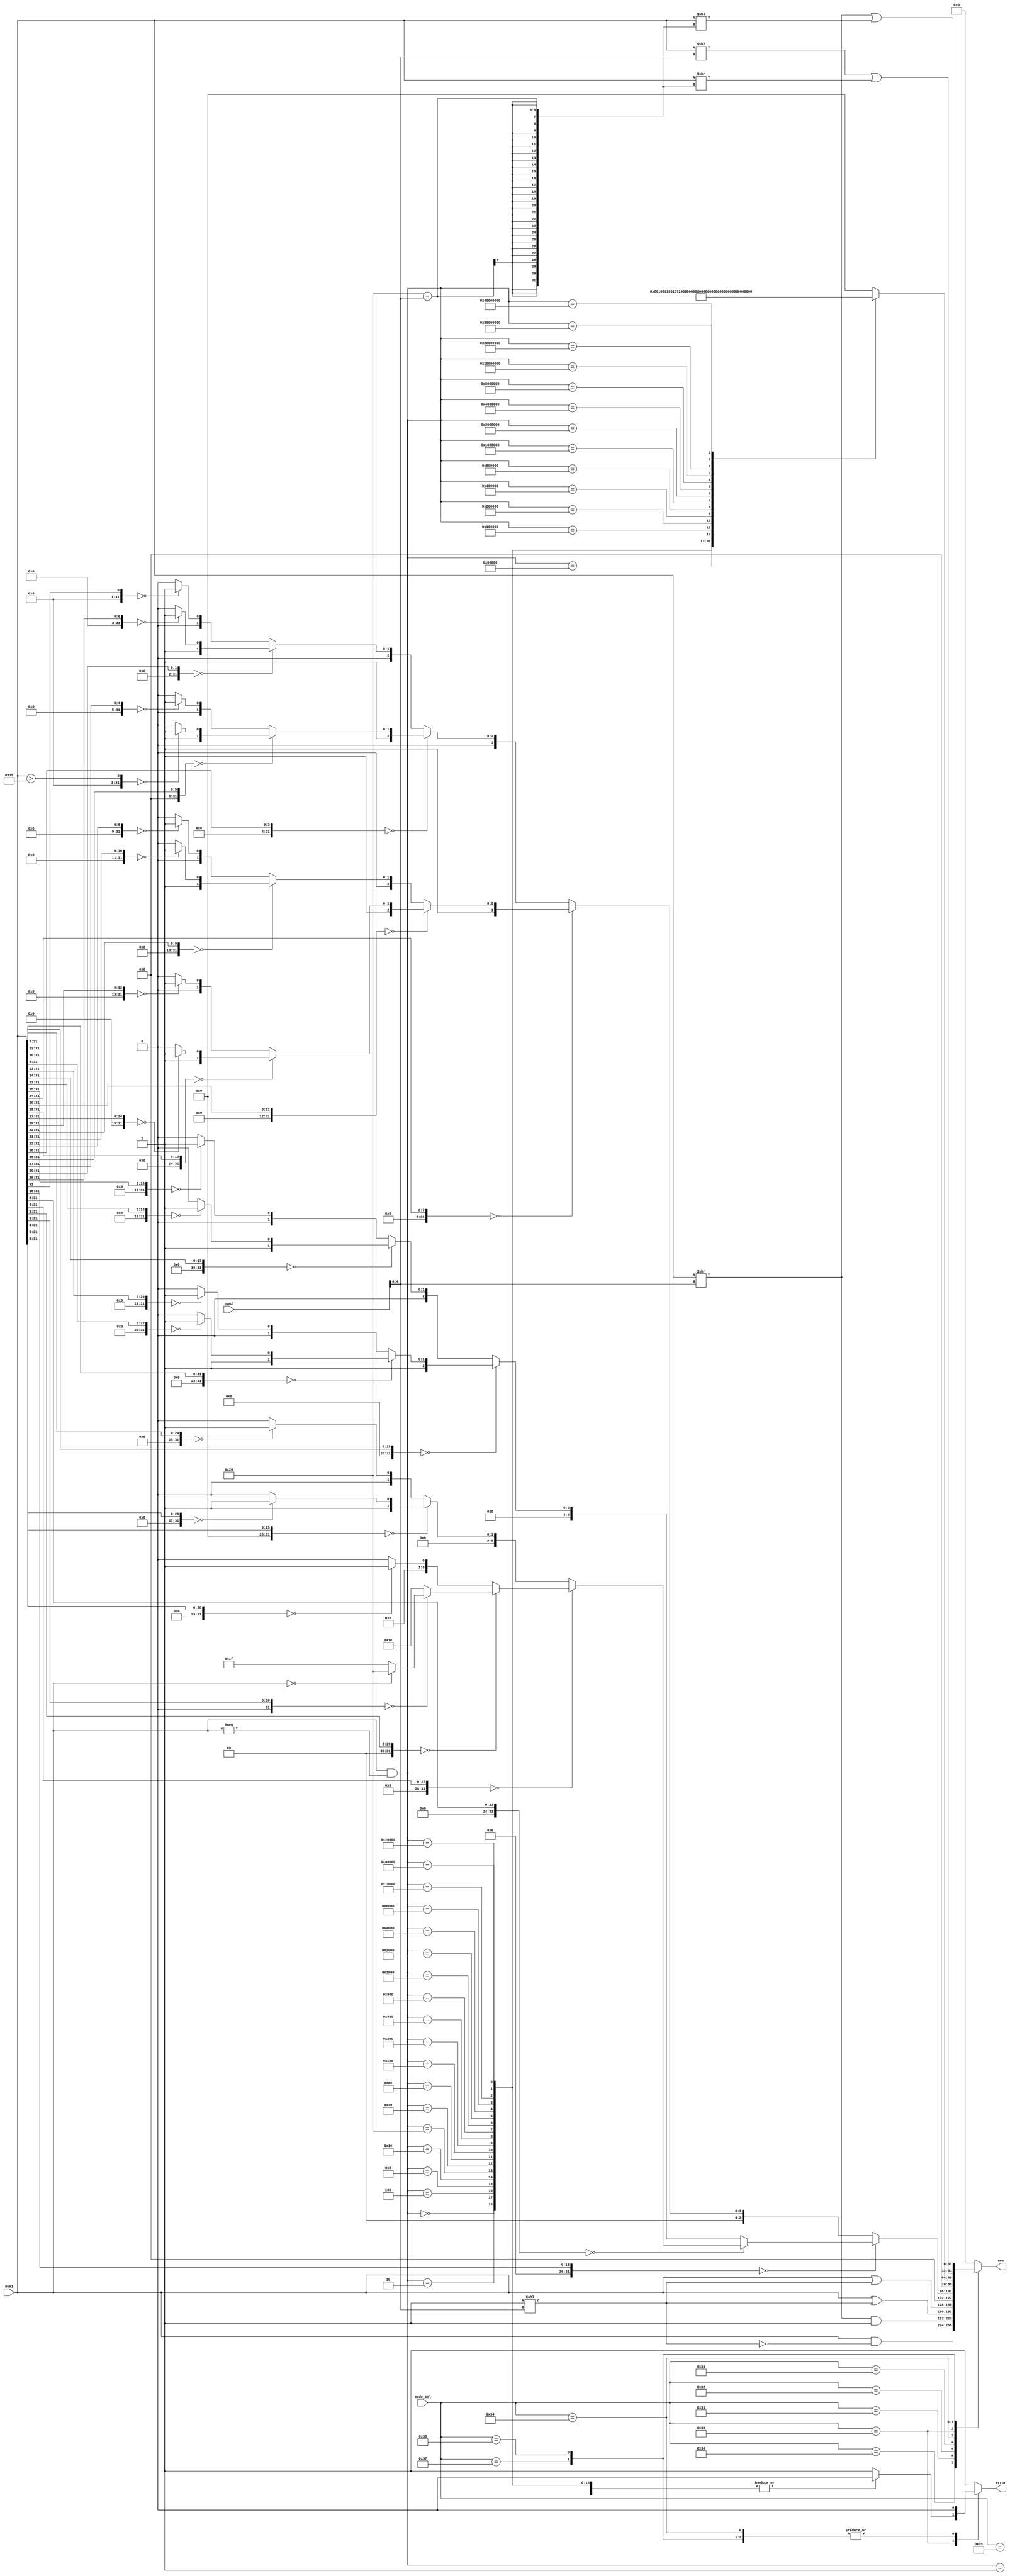
`timescale 1ns / 1ps
//////////////////////////////////////////////////////////////////////////////////
// Company: 
// Engineer: 
// 
// Design Name: 
// Module Name: BALU
// Project Name: 
// Target Devices: 
// Tool Versions: 
// Description: 
// 
// Dependencies: 
// 
// Revision:
// Revision 0.01 - File Created
// Additional Comments:
// 
//////////////////////////////////////////////////////////////////////////////////

/*
    ================================   BALU module   ================================
    Author:         Wintermelon
    Last Edit:      2022.5.5

    This is a basic bit-calculate unit.
    Designed for RISCV 32I
*/

module BALU(
    input [31:0] num1, num2,                      // The source data
    input [7:0] mode_sel,                         // BALU working mode sel
    output reg [31:0] ans,                        // The answer
    output reg error  
);

reg [31:0] mask;
reg [31:0] temp;

/*                                              Below is the BALU working mode table 
    ========================================================================================================================
*/
    // Integer Bit Calculate Unit
    // Code begin with 8'h3

    // RISCV 32B ALU
    localparam BCLR = 8'h30;     // Clear single bit
    localparam BEXT = 8'h31;     // Get single bit
    localparam BINV = 8'h32;     // Not single bit
    localparam BSET = 8'h33;     // Set single bit
    localparam CLZ = 8'h34;      // Leading zeros count
    localparam CPOP = 8'h35;     // Set bits count     
    localparam CTZ = 8'h36;      // Suffix zeros count
    localparam ROL = 8'h37;      // High bits reverse
    localparam ROR = 8'h38;      // Low bits reverse

    always @(*) begin
        ans = 0;
        mask = (32'b1) << num2[4:0];
        error = 0;
        case(mode_sel)

            BCLR: begin
                ans = num1 & (~mask);
            end

            BEXT: begin
                ans = (num1 >> num2[4:0]) & (32'b1);
            end

            BINV: begin
                ans = num1 ^ mask;
            end

            BSET: begin
                ans = num1 | mask;
            end

            CLZ: begin
                if (num1 >> 16 == 0)
                    if (num1 >> 8 == 0)
                        if (num1 >> 4 == 0)
                            if (num1 >> 2 == 0)
                                if (num1 >> 1 == 0)
                                    if (num1 == 0)
                                        ans = 32'd32;
                                    else
                                        ans = 32'd31;
                                else
                                    ans = 32'd30; 
                            else 
                                if (num1 >> 3 == 0)
                                    ans = 32'd29;
                                else
                                    ans = 32'd28;
                        else 
                            if (num1 >> 6 == 0)
                                if (num1 >> 5 == 0)
                                    ans = 32'd27;
                                else
                                    ans = 32'd26;
                            else 
                                if (num1 >> 7 == 0)
                                    ans = 32'd25;
                                else
                                    ans = 32'd24;
                    else
                        if (num1 >> 12 == 0)
                            if (num1 >> 10 == 0)
                                if (num1 >> 9 == 0)
                                    ans = 32'd23;
                                else
                                    ans = 32'd22;
                            else 
                                if (num1 >> 11 == 0)
                                    ans = 32'd21;
                                else
                                    ans = 32'd20;
                        else 
                            if (num1 >> 14 == 0)
                                if (num1 >> 13 == 0)
                                    ans = 32'd19;
                                else
                                    ans = 32'd18;
                            else 
                                if (num1 >> 15 == 0)
                                    ans = 32'd17;
                                else
                                    ans = 32'd16;
                else
                    if (num1 >> 24 == 0)
                        if (num1 >> 20 == 0)
                            if (num1 >> 18 == 0)
                                if (num1 >> 17 == 0)
                                    ans = 32'd15;
                                else
                                    ans = 32'd14;
                            else
                                if (num1 >> 19 == 0)
                                    ans = 32'd13;
                                else
                                    ans = 32'd12;
                        else
                            if (num1 >> 22 == 0)
                                if (num1 >> 21 == 0)
                                    ans = 32'd11;
                                else
                                    ans = 32'd10;
                            else
                                if (num1 >> 23 == 0)
                                    ans = 32'd9;
                                else
                                    ans = 32'd8;
                    else
                        if (num1 >> 28 == 0)
                            if (num1 >> 26 == 0)
                                if (num1 > 25 == 0)
                                    ans = 32'd7;
                                else
                                    ans = 32'd6;
                            else
                                if (num1 >> 27 == 0)
                                    ans = 32'd5;
                                else
                                    ans = 32'd4;
                        else
                            if (num1 >> 30 == 0)
                                if (num1 >> 29 == 0)
                                    ans = 32'd3;
                                else
                                    ans = 32'd2;
                            else 
                                if (num1 >> 31 == 0)
                                    ans = 32'd1;
                                else
                                    ans = 32'd0;
            end

            CPOP: begin
                // Count the 1-bits in rs1
                // TODO
            end

            CTZ: begin
                temp = num1 & (-num1);
                case(temp)
                    32'h0: ans = 32'd32;
                    32'h1: ans = 32'd0;
                    32'h2: ans = 32'd1;
                    32'h4: ans = 32'd2;
                    32'h8: ans = 32'd3;
                    32'h10: ans = 32'd4;
                    32'h20: ans = 32'd5;
                    32'h40: ans = 32'd6;
                    32'h80: ans = 32'd7;
                    32'h100: ans = 32'd8;
                    32'h200: ans = 32'd9;
                    32'h400: ans = 32'd10;
                    32'h800: ans = 32'd11;
                    32'h1000: ans = 32'd12;
                    32'h2000: ans = 32'd13;
                    32'h4000: ans = 32'd14;
                    32'h8000: ans = 32'd15;
                    32'h10000: ans = 32'd16;
                    32'h20000: ans = 32'd17;
                    32'h40000: ans = 32'd18;
                    32'h80000: ans = 32'd19;
                    32'h100000: ans = 32'd20;
                    32'h200000: ans = 32'd21;
                    32'h400000: ans = 32'd22;
                    32'h800000: ans = 32'd23;
                    32'h1000000: ans = 32'd24;
                    32'h2000000: ans = 32'd25;
                    32'h4000000: ans = 32'd26;
                    32'h8000000: ans = 32'd27;
                    32'h10000000: ans = 32'd28;
                    32'h20000000: ans = 32'd29;
                    32'h40000000: ans = 32'd30;
                    32'h80000000: ans = 32'd31;
                    default: begin
                        ans = 0;
                        error = 1;
                    end
                endcase

            end

            ROL: begin
                ans = (num1 << num2[4:0]) | (num1 >> (32'd32 - num2[4:0]));
            end

            ROR: begin
                ans = (num1 >> num2[4:0] | num1 << (32'd32 - num2[4:0]));
            end

        default: begin
            ans = 0;
            error = 1;
        end
        endcase 
    end
endmodule